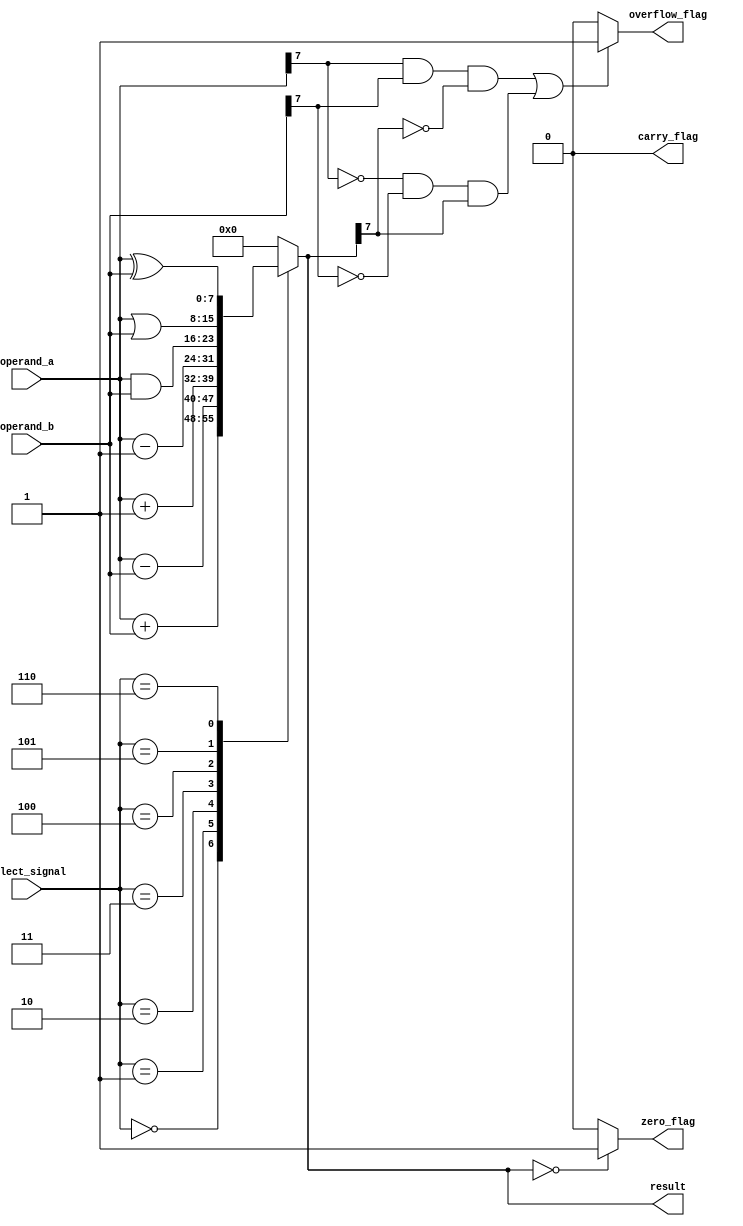
module ALU (
    input [7:0] operand_a,
    input [7:0] operand_b,
    input [2:0] select_signal,
    output reg [7:0] result,
    output reg zero_flag,
    output reg carry_flag,
    output reg overflow_flag
);

always @(*) begin
    case (select_signal)
        3'b000: result = operand_a + operand_b; // addition
        3'b001: result = operand_a - operand_b; // subtraction
        3'b010: result = operand_a + 1; // increment
        3'b011: result = operand_a - 1; // decrement
        3'b100: result = operand_a & operand_b; // bitwise AND
        3'b101: result = operand_a | operand_b; // bitwise OR
        3'b110: result = operand_a ^ operand_b; // bitwise XOR
        default: result = 8'b0; // default case
    endcase
    
    if (result == 8'b0) begin
        zero_flag = 1;
    end else begin
        zero_flag = 0;
    end
    
    if (result[8] == 1) begin
        carry_flag = 1;
    end else begin
        carry_flag = 0;
    end
    
    if ((operand_a[7] == 1 && operand_b[7] == 1 && result[7] == 0) || (operand_a[7] == 0 && operand_b[7] == 0 && result[7] == 1)) begin
        overflow_flag = 1;
    end else begin
        overflow_flag = 0;
    end
end
endmodule